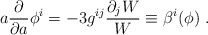
\begin{align*} a {\partial \over \partial a} \phi^i = - 3 g^{ij}{\partial_j W \over W}\equiv \beta^i(\phi) \ .\end{align*}